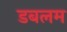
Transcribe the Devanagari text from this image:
डबलम